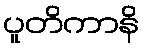
ပူတိကာနိ